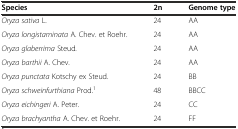
<table><thead><tr><td><b>Species</b></td><td><b>2n</b></td><td><b>Genome type</b></td></tr></thead><tbody><tr><td><i>Oryza sativa</i> L.</td><td>24</td><td>AA</td></tr><tr><td><i>Oryza longistaminata</i> A. Chev. et Roehr.</td><td>24</td><td>AA</td></tr><tr><td><i>Oryza glaberrima</i> Steud<i>.</i></td><td>24</td><td>AA</td></tr><tr><td><i>Oryza barthii</i> A. Chev.</td><td>24</td><td>AA</td></tr><tr><td><i>Oryza punctata</i> Kotschy ex Steud.</td><td>24</td><td>BB</td></tr><tr><td><i>Oryza schweinfurthiana</i> Prod.<sup>1</sup></td><td>48</td><td>BBCC</td></tr><tr><td><i>Oryza eichingeri</i> A. Peter.</td><td>24</td><td>CC</td></tr><tr><td><i>Oryza brachyantha</i> A. Chev. et Roehr.</td><td>24</td><td>FF</td></tr></tbody></table>